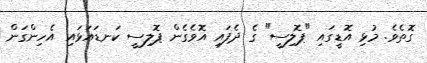
ގޮތެވެ. މުޅި އޮޑީގައި "ޕޮލިސީ" ގެ ދެފައި އޮވެގެން ޕޮލިސީ ކަނޑައަޅައި އެހިންގަން